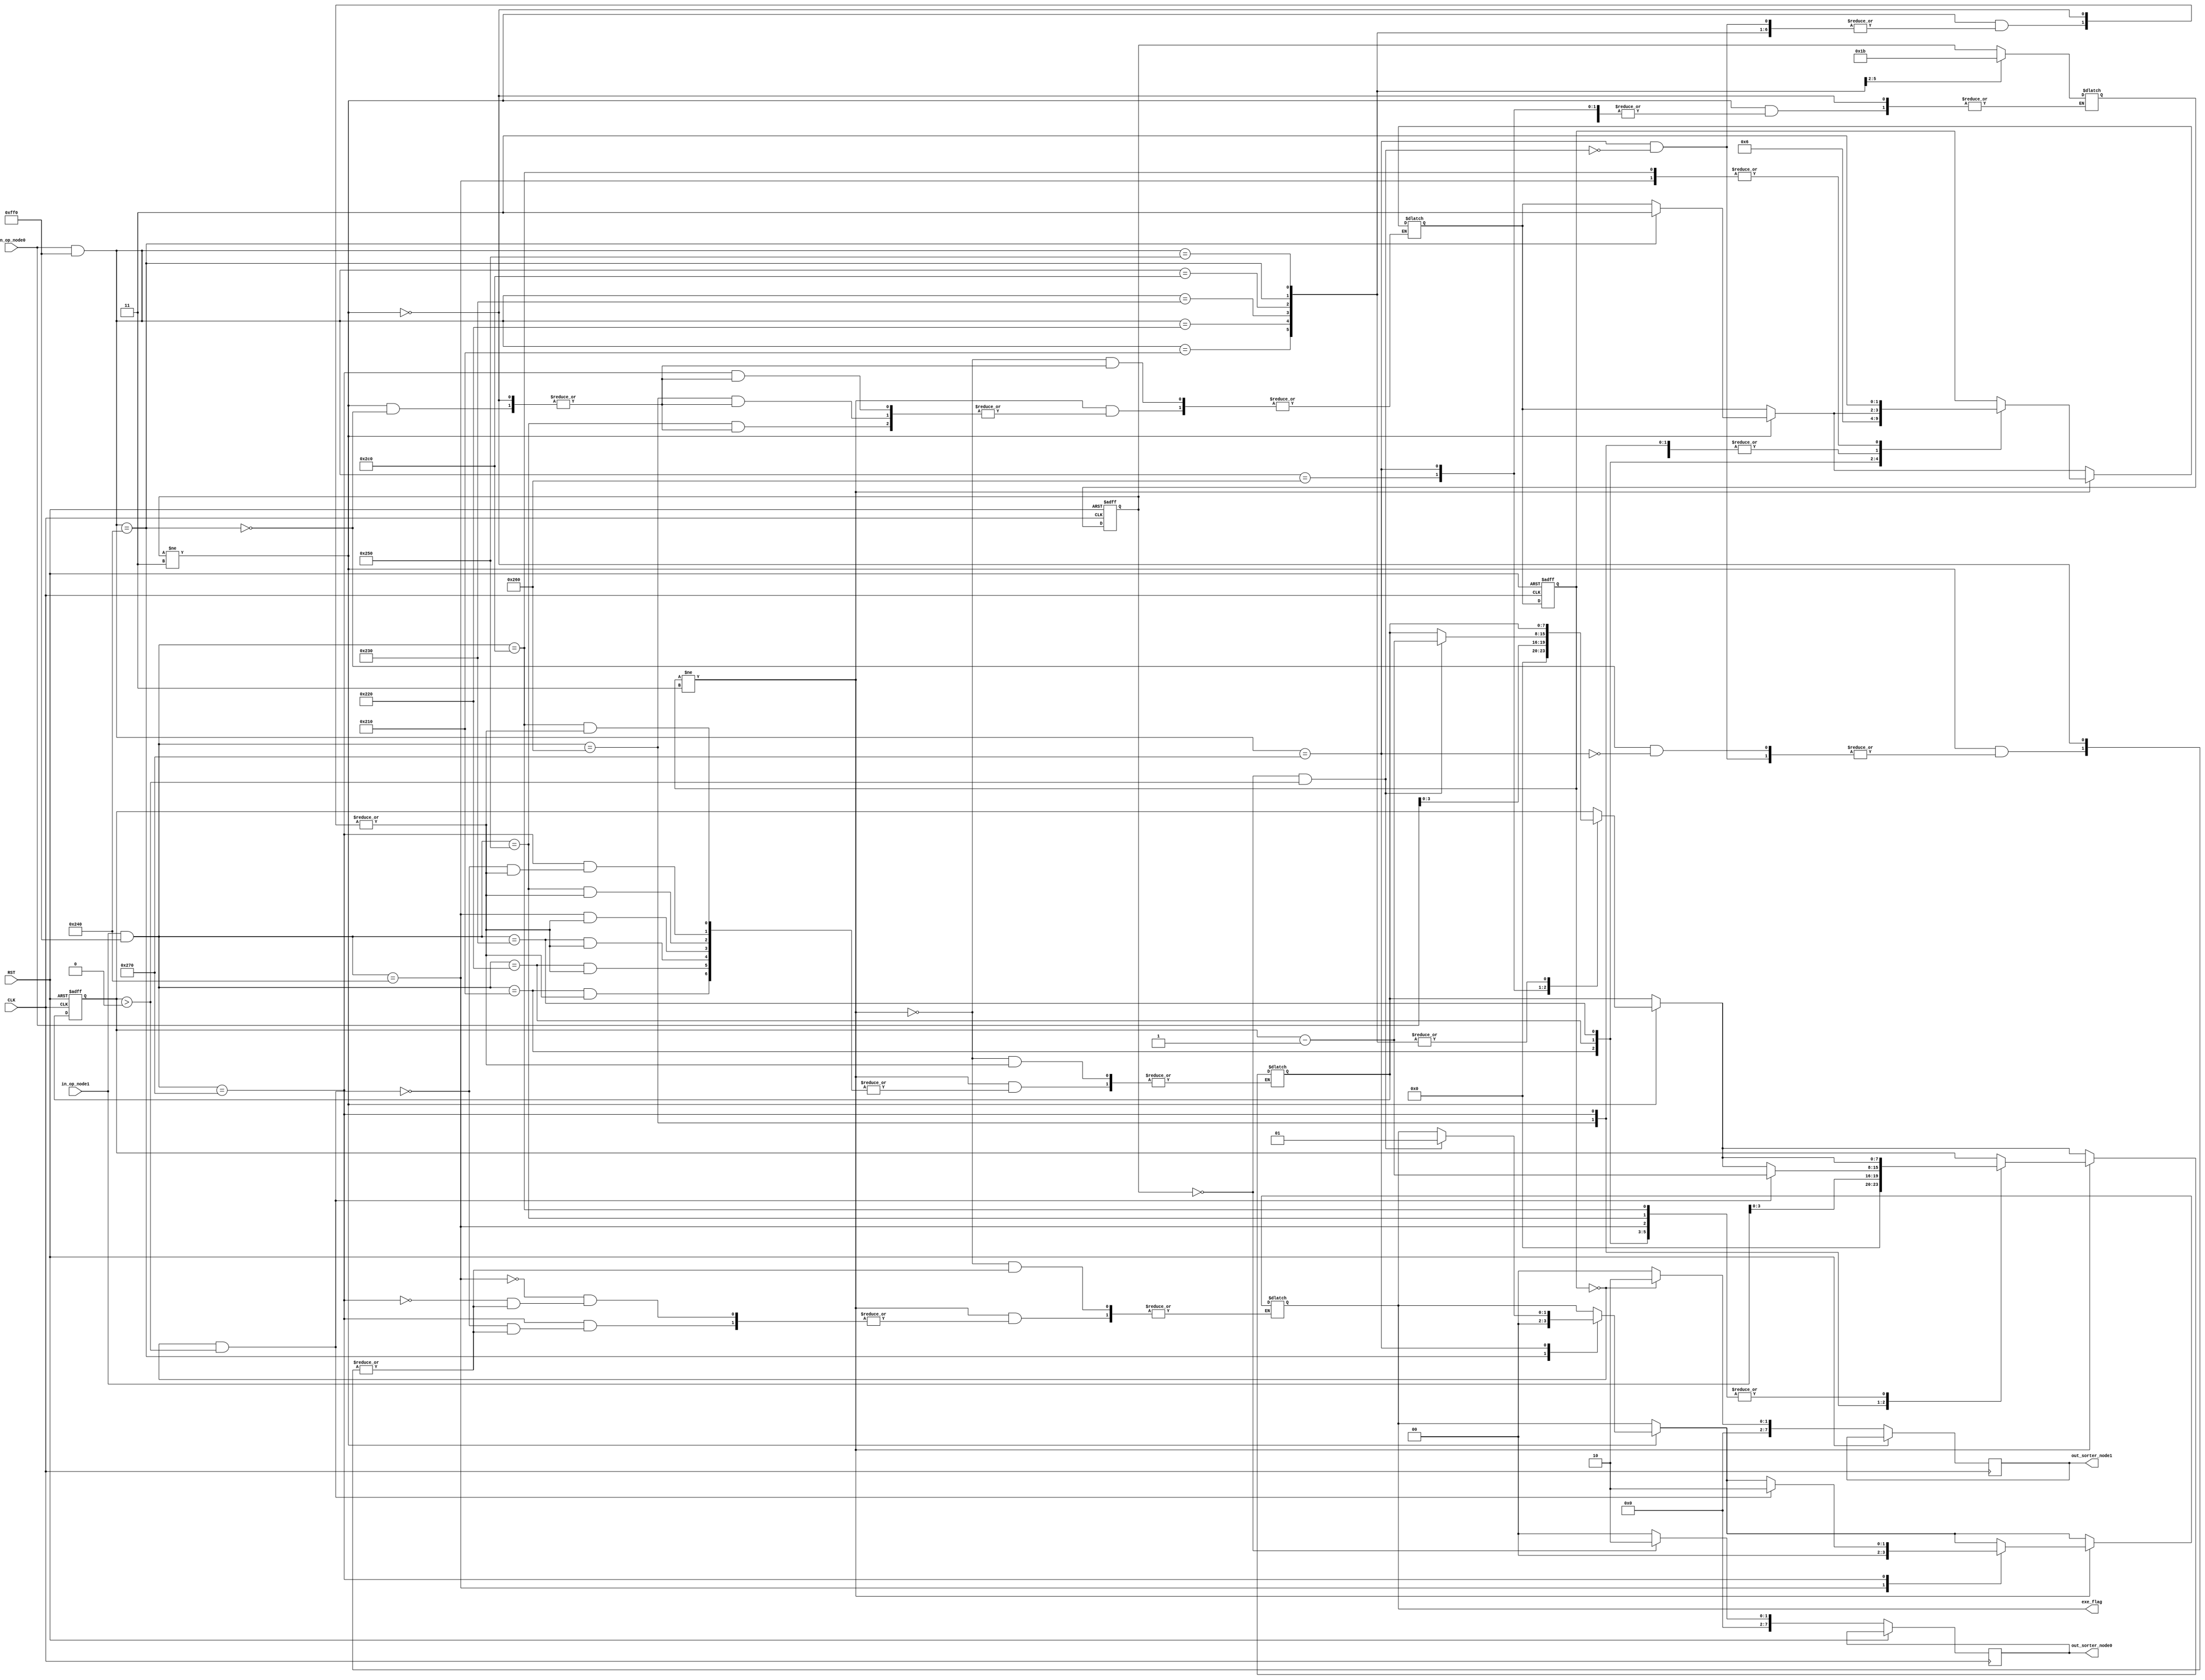
module task1(
    input CLK,
	 input RST,
	 input [15:0] in_op_node0,
    input [15:0] in_op_node1,
    output wire [7:0] out_sorter_node0,
    output wire [7:0] out_sorter_node1,
	 output reg [1:0] exe_flag
    );

    // Initial values
    reg [1:0] state_node0 = 2'b00;
    reg [1:0] next_state_node0;
    reg [3:0] priority_node0 = 4'b0000;
	 reg [3:0] next_priority_node0 = 4'b0000;

    reg [1:0] state_node1 = 2'b00;
    reg [1:0] next_state_node1;
    reg [3:0] priority_node1 = 4'b0000;
	 reg [3:0] next_priority_node1 = 4'b0000;

    reg [7:0] exe_hit = 8'b10000000;
    reg [7:0] next_exe_hit;

    reg [7:0] id_plus_prty_node0;
    reg [7:0] id_plus_prty_node1;
	 
	 reg [31:0] next_r_counter_node0 = 32'b0;
	 reg [31:0] next_r_counter_node1 = 32'b0;

    // States
    // ---------------------
    // 00 | Ready
    // 01 | Suspended
    // 10 | Wait
    // 11 | Terminated
    // ---------------------

    reg [31:0] r_counter_node0 = 32'b0;
    reg [31:0] r_counter_node1 = 32'b0;

    localparam task_id = 8'b00000010;

    always @(*) begin
	 
	 
            // Operation cases
            // ---------------------
            // 1111 | Confirm execution
            // 0001 | Ready                       
            // 0010 | Suspend                     
            // 0011 | Wait                      
            // 0100 | Kill                    
            // 0101 | Increase priority           
            // 0110 | Increase execution hit
            // 1100 | Kill overall
            // 0000 | Not defined
            // ---------------------
		if (state_node0 != 2'b11) begin

            case (in_op_node0 & 16'b0000111111110000)
                // ---------------------
                // Particular State change
                // ---------------------
                16'b0000001000010000: next_state_node0 <= 2'b00; // Ready : 0001
                16'b0000001000100000: next_state_node0 <= 2'b01; // Suspend : 0010
                16'b0000001000110000: next_state_node0 <= 2'b10; // Wait : 0011
                16'b0000001001000000: begin
							exe_flag <= 0;
							next_state_node1 <= 2'b11; // Kill : 0100
						end

                // ---------------------
                16'b0000001001010000: next_priority_node0 <= in_op_node0[3:0]; // Increase priority : 0101
                16'b0000001001100000: next_exe_hit <= in_op_node0[3:0]; // Increase execution hit : 0110

                16'b0000001001110000: begin // Execute
                    if (state_node0 == 2'b00 && exe_hit > 0) begin
                        next_exe_hit <= exe_hit - 1;
                        next_r_counter_node0 <= 0;
								exe_flag <= 1;
                    end
                end

                16'b0000001011000000: begin // Kill : 1100
                    next_state_node0 <= 2'b11;
						  //next_state_node1 <= 2'b11;
                end

                default: begin
							next_state_node0 <= state_node0;
							next_priority_node0 <= priority_node0;
							next_exe_hit <= exe_hit;
							next_r_counter_node0 = r_counter_node0;
					 end
            endcase
			end

		if (state_node1 != 2'b11) begin
            case (in_op_node1 & 16'b0000111111110000)
                // ---------------------
                // Particular State change
                // ---------------------

                16'b0000001000010000: next_state_node1 <= 2'b00; // Ready : 0001
                16'b0000001000100000: next_state_node1 <= 2'b01; // Suspend : 0010
                16'b0000001000110000: next_state_node1 <= 2'b10; // Wait : 0011
                16'b0000001001000000: begin
							exe_flag <= 0;
							next_state_node1 <= 2'b11; // Kill : 0100
						end

                // ---------------------
                16'b0000001001010000: next_priority_node1 <= in_op_node1[3:0]; // Increase priority : 0101
                16'b0000001001100000: next_exe_hit <= in_op_node1[3:0]; // Increase execution hit : 0110

                16'b0000001001110000: begin // Execute
                    if (state_node1 == 2'b00 && exe_hit > 0) begin
                        next_exe_hit <= exe_hit - 1;
                        next_r_counter_node1 <= 0;
								exe_flag <= 2;
                    end
                end

                16'b0000001011000000: begin // Kill : 1100
							next_state_node1 <= 2'b11;
							//next_state_node0 <= 2'b11;
                end

                default: begin
							next_state_node1 <= state_node1;
							next_priority_node1 <= priority_node1;
							next_exe_hit <= exe_hit;
							next_r_counter_node1 = r_counter_node1;
					 end
            endcase
			end

    end

    always @(posedge CLK or posedge RST) begin
		if (RST) begin
            // RST the FSM to the initial state and values for node0
            state_node0 <= 2'b00;
            priority_node0 <= 4'b0000;
            // RST the FSM to the initial state and values for node1
            state_node1 <= 2'b00;
            priority_node1 <= 4'b0000;
            exe_hit <= 8'b10000000;
            r_counter_node0 <= 32'b0;
            r_counter_node1 <= 32'b0;
        end else begin
			  if (state_node0 == 2'b00) begin
					id_plus_prty_node0 <= {priority_node0, task_id};
			  end else begin
					id_plus_prty_node0 <= 8'b00000000;
			  end
			  state_node0 <= next_state_node0;
	
			  if (state_node1 == 2'b00) begin
					id_plus_prty_node1 <= {priority_node1, task_id};
			  end else begin
					id_plus_prty_node1 <= 8'b00000000;
			  end
			  state_node1 <= next_state_node1;
			  
			  if (next_r_counter_node0 == 10000) begin
					r_counter_node0 <= 0;
					priority_node0 <= next_priority_node0;
			  end else if (next_r_counter_node0 == 0) begin
					r_counter_node0 <= 0;
					priority_node0 <= next_priority_node0 + 1;	
			  end
			  
			  if (next_r_counter_node1 == 10000) begin
					r_counter_node1 <= 0;
					priority_node1 <= next_priority_node1;
			  end else if (next_r_counter_node1 == 0) begin
					r_counter_node1 <= 0;
					priority_node1 <= next_priority_node1 + 1;	
			  end
			  
			  exe_hit <= next_exe_hit;
			  r_counter_node0 <= r_counter_node0 + 1;
			  r_counter_node1 <= r_counter_node1 + 1;
		 end
	 end

    assign out_sorter_node0 = id_plus_prty_node0;
    assign out_sorter_node1 = id_plus_prty_node1;

endmodule